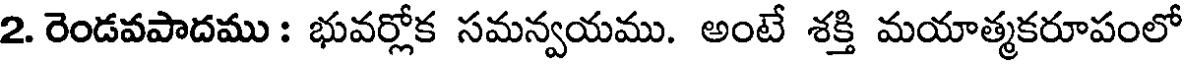
2. రెండవపాదము : భువర్లోక సమన్వయము. అంటే శక్తి మయాత్మకరూపంలో